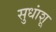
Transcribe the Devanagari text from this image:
सुधांशू